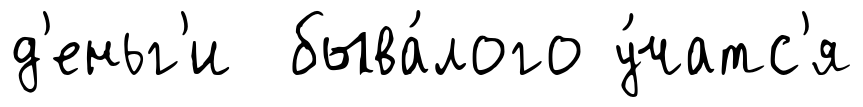
д'еньг'и быва́лого у́чатс'я